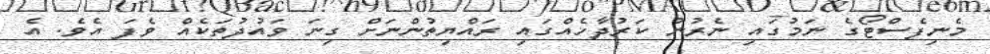
މެނިފެސްޓޯގެ ނަމުގައި ނެރުނު ކަރުދާހެއްގައި ރައްޔިތުންނަށް ގިނަ ވައުދުތަކެއް ވެފަ އެވެ. އެ